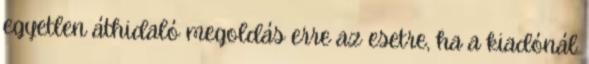
egyetlen áthidaló megoldás erre az esetre, ha a kiadónál